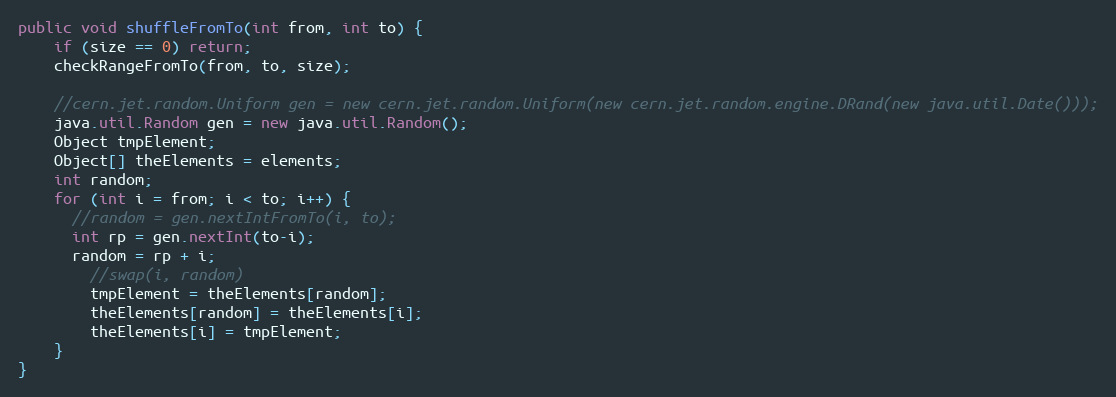
Language: Java
public void shuffleFromTo(int from, int to) {
	if (size == 0) return;
	checkRangeFromTo(from, to, size);

	//cern.jet.random.Uniform gen = new cern.jet.random.Uniform(new cern.jet.random.engine.DRand(new java.util.Date()));
	java.util.Random gen = new java.util.Random();
	Object tmpElement;
	Object[] theElements = elements;
	int random;
	for (int i = from; i < to; i++) {
	  //random = gen.nextIntFromTo(i, to);
	  int rp = gen.nextInt(to-i);
	  random = rp + i;
		//swap(i, random)
		tmpElement = theElements[random];
		theElements[random] = theElements[i];
		theElements[i] = tmpElement;
	}
}